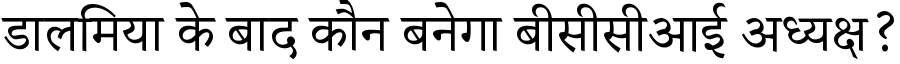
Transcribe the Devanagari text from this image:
डालमिया के बाद कौन बनेगा बीसीसीआई अध्यक्ष?